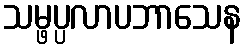
သမ္ဖပ္ပလာပဘာသေန